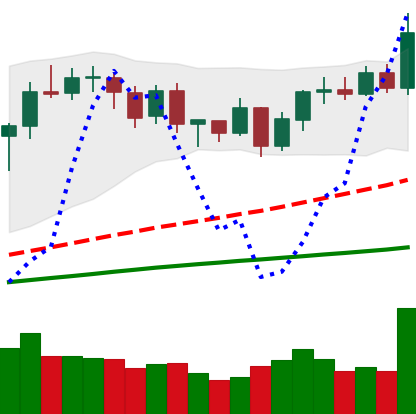
Ticker: BNB-USD
Chart end date: 2020-09-01
Forward return: -6.573%
Label: down_5_7